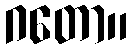
ဂတော။